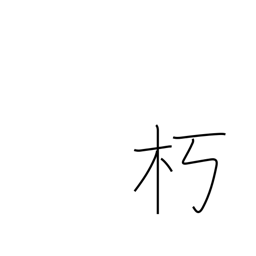
Meaning: remain in seclusion